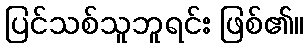
ပြင်သစ်သူဘူရင်း ဖြစ်၏။